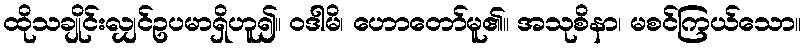
ထိုသချိုင်းလျှင်ဥပမာရှိဟူ၍။ ဝဒါမိ၊ ဟောတော်မူ၏။ အသုစိနာ၊ မစင်ကြယ်သော။